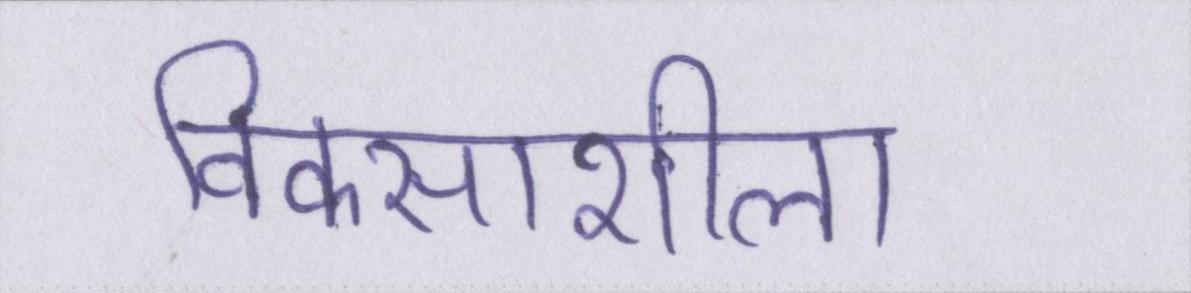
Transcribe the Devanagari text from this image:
विकसाशील